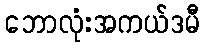
ဘောလုံးအကယ်ဒမီ